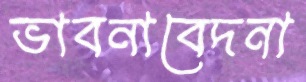
ভাবনাবেদনা